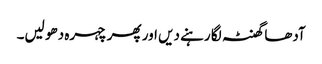
آدھا گھنٹہ لگا رہنے دیں اور پھر چہرہ دھو لیں۔